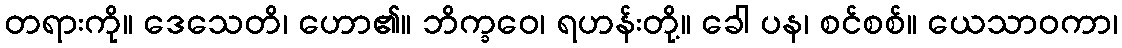
တရားကို။ ဒေသေတိ၊ ဟော၏။ ဘိက္ခဝေ၊ ရဟန်းတို့။ ခေါ ပန၊ စင်စစ်။ ယေသာဝကာ၊